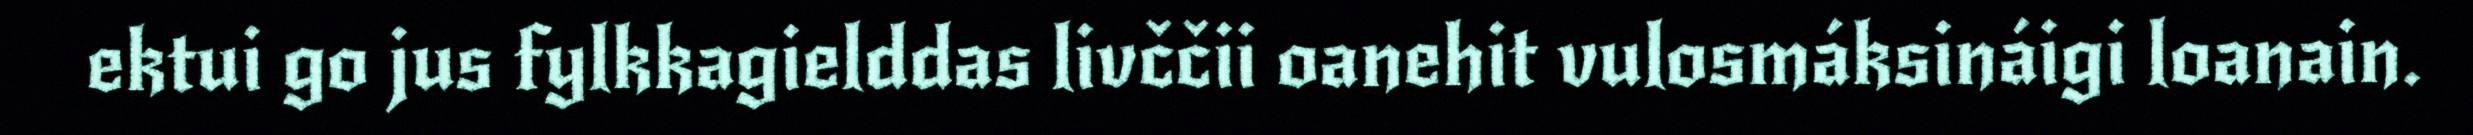
ektui go jus fylkkagielddas livččii oanehit vulosmáksináigi loanain.